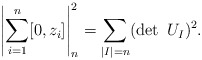
\begin{align*}\left|\sum_{i=1}^n[0,z_i]\right|_n^2=\sum_{|I|=n}(\det\ U_I)^2.\end{align*}